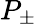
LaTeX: P_{\pm}